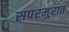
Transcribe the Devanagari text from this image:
सपरमुरात